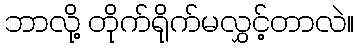
ဘာလို့ တိုက်ရိုက်မလွှင့်တာလဲ။